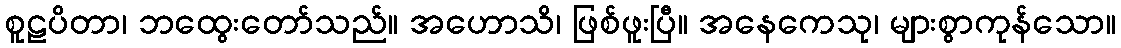
စူဠပိတာ၊ ဘထွေးတော်သည်။ အဟောသိ၊ ဖြစ်ဖူးပြီ။ အနေကေသု၊ များစွာကုန်သော။